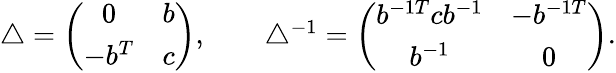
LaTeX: \begin{array}{r}{\triangle=\left(\begin{array}{cc}{0}&{b}\\ {-b^{T}}&{c}\end{array}\right),\qquad\triangle^{-1}=\left(\begin{array}{cc}{b^{-1T}cb^{-1}}&{-b^{-1T}}\\ {b^{-1}}&{0}\end{array}\right).}\end{array}